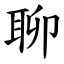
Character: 聊